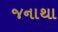
જનાથા